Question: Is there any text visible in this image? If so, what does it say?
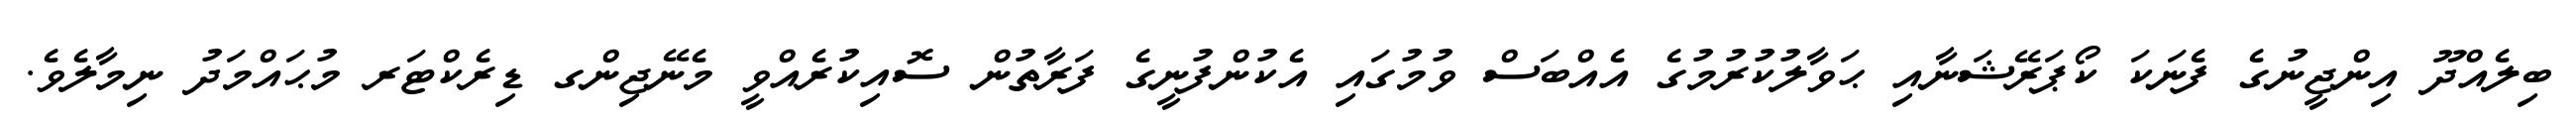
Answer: ބިލެއްދޫ އިންޖީނުގެ ފެނަކަ ކޯޕަރޭޝަނާއި ޙަވާލުކުރުމުގެ އެއްބަސް ވުމުގައި އެކުންފުނީގެ ފަރާތުން ސޮއިކުރެއްވީ މެނޭޖިންގ ޑިރެކްޓަރ މުޙައްމަދު ނިމާލެވެ.